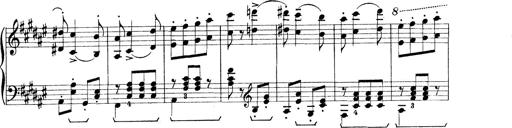
Title: Rapsodie: 19 ungheresi, 1 spagnuola
Composer: Franz Liszt